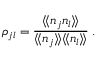
\rho _ { j l } = \frac { \langle \! \langle n _ { j } n _ { l } \rangle \! \rangle } { \langle \! \langle n _ { j } \rangle \! \rangle \langle \! \langle n _ { l } \rangle \! \rangle } \; .